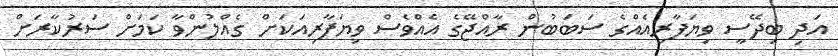
އަދި ބިދޭސީ ވިޔަފާރިއެއްގެ ސަބަބުން ރާއްޖޭގެ އެއްވެސް ވިޔަފާރިއަކަށް ގެއްލުންވާ ކަމަށް ސަރުކާރަށް